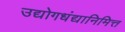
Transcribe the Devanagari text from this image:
उद्योगधंद्यानिमित्त